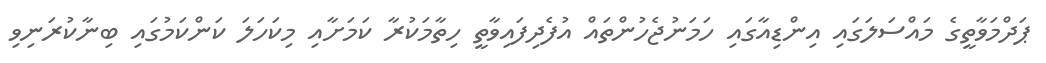
ޕަދްމަވާތީގެ މައްސަލަގައި އިންޑިއާގައި ހަމަނުޖެހުންތައް އުފެދިފައިވާތީ ހިތާމަކުރާ ކަމަށާއި މިކަހަލަ ކަންކަމުގައި ބިނާކުރަނިވި